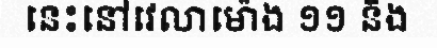
នេះនៅវេលាម៉ោង ១១ និង